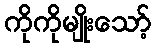
ကိုကိုမျိုးသော့်